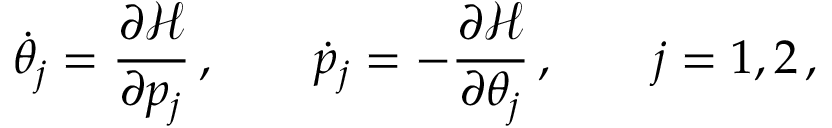
\dot { \theta } _ { j } = \frac { \partial \mathcal { H } } { \partial p _ { j } } \, , \qquad \dot { p } _ { j } = - \frac { \partial \mathcal { H } } { \partial \theta _ { j } } \, , \qquad j = 1 , 2 \, ,